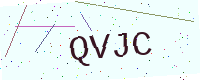
Text: QVJC